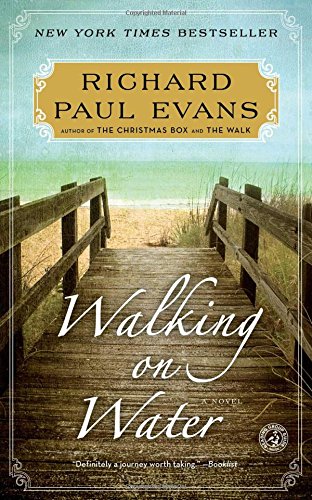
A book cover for Walking on Water: A Novel (The Walk); Richard Paul Evans; Romance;